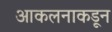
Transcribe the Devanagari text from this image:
आकलनाकडून